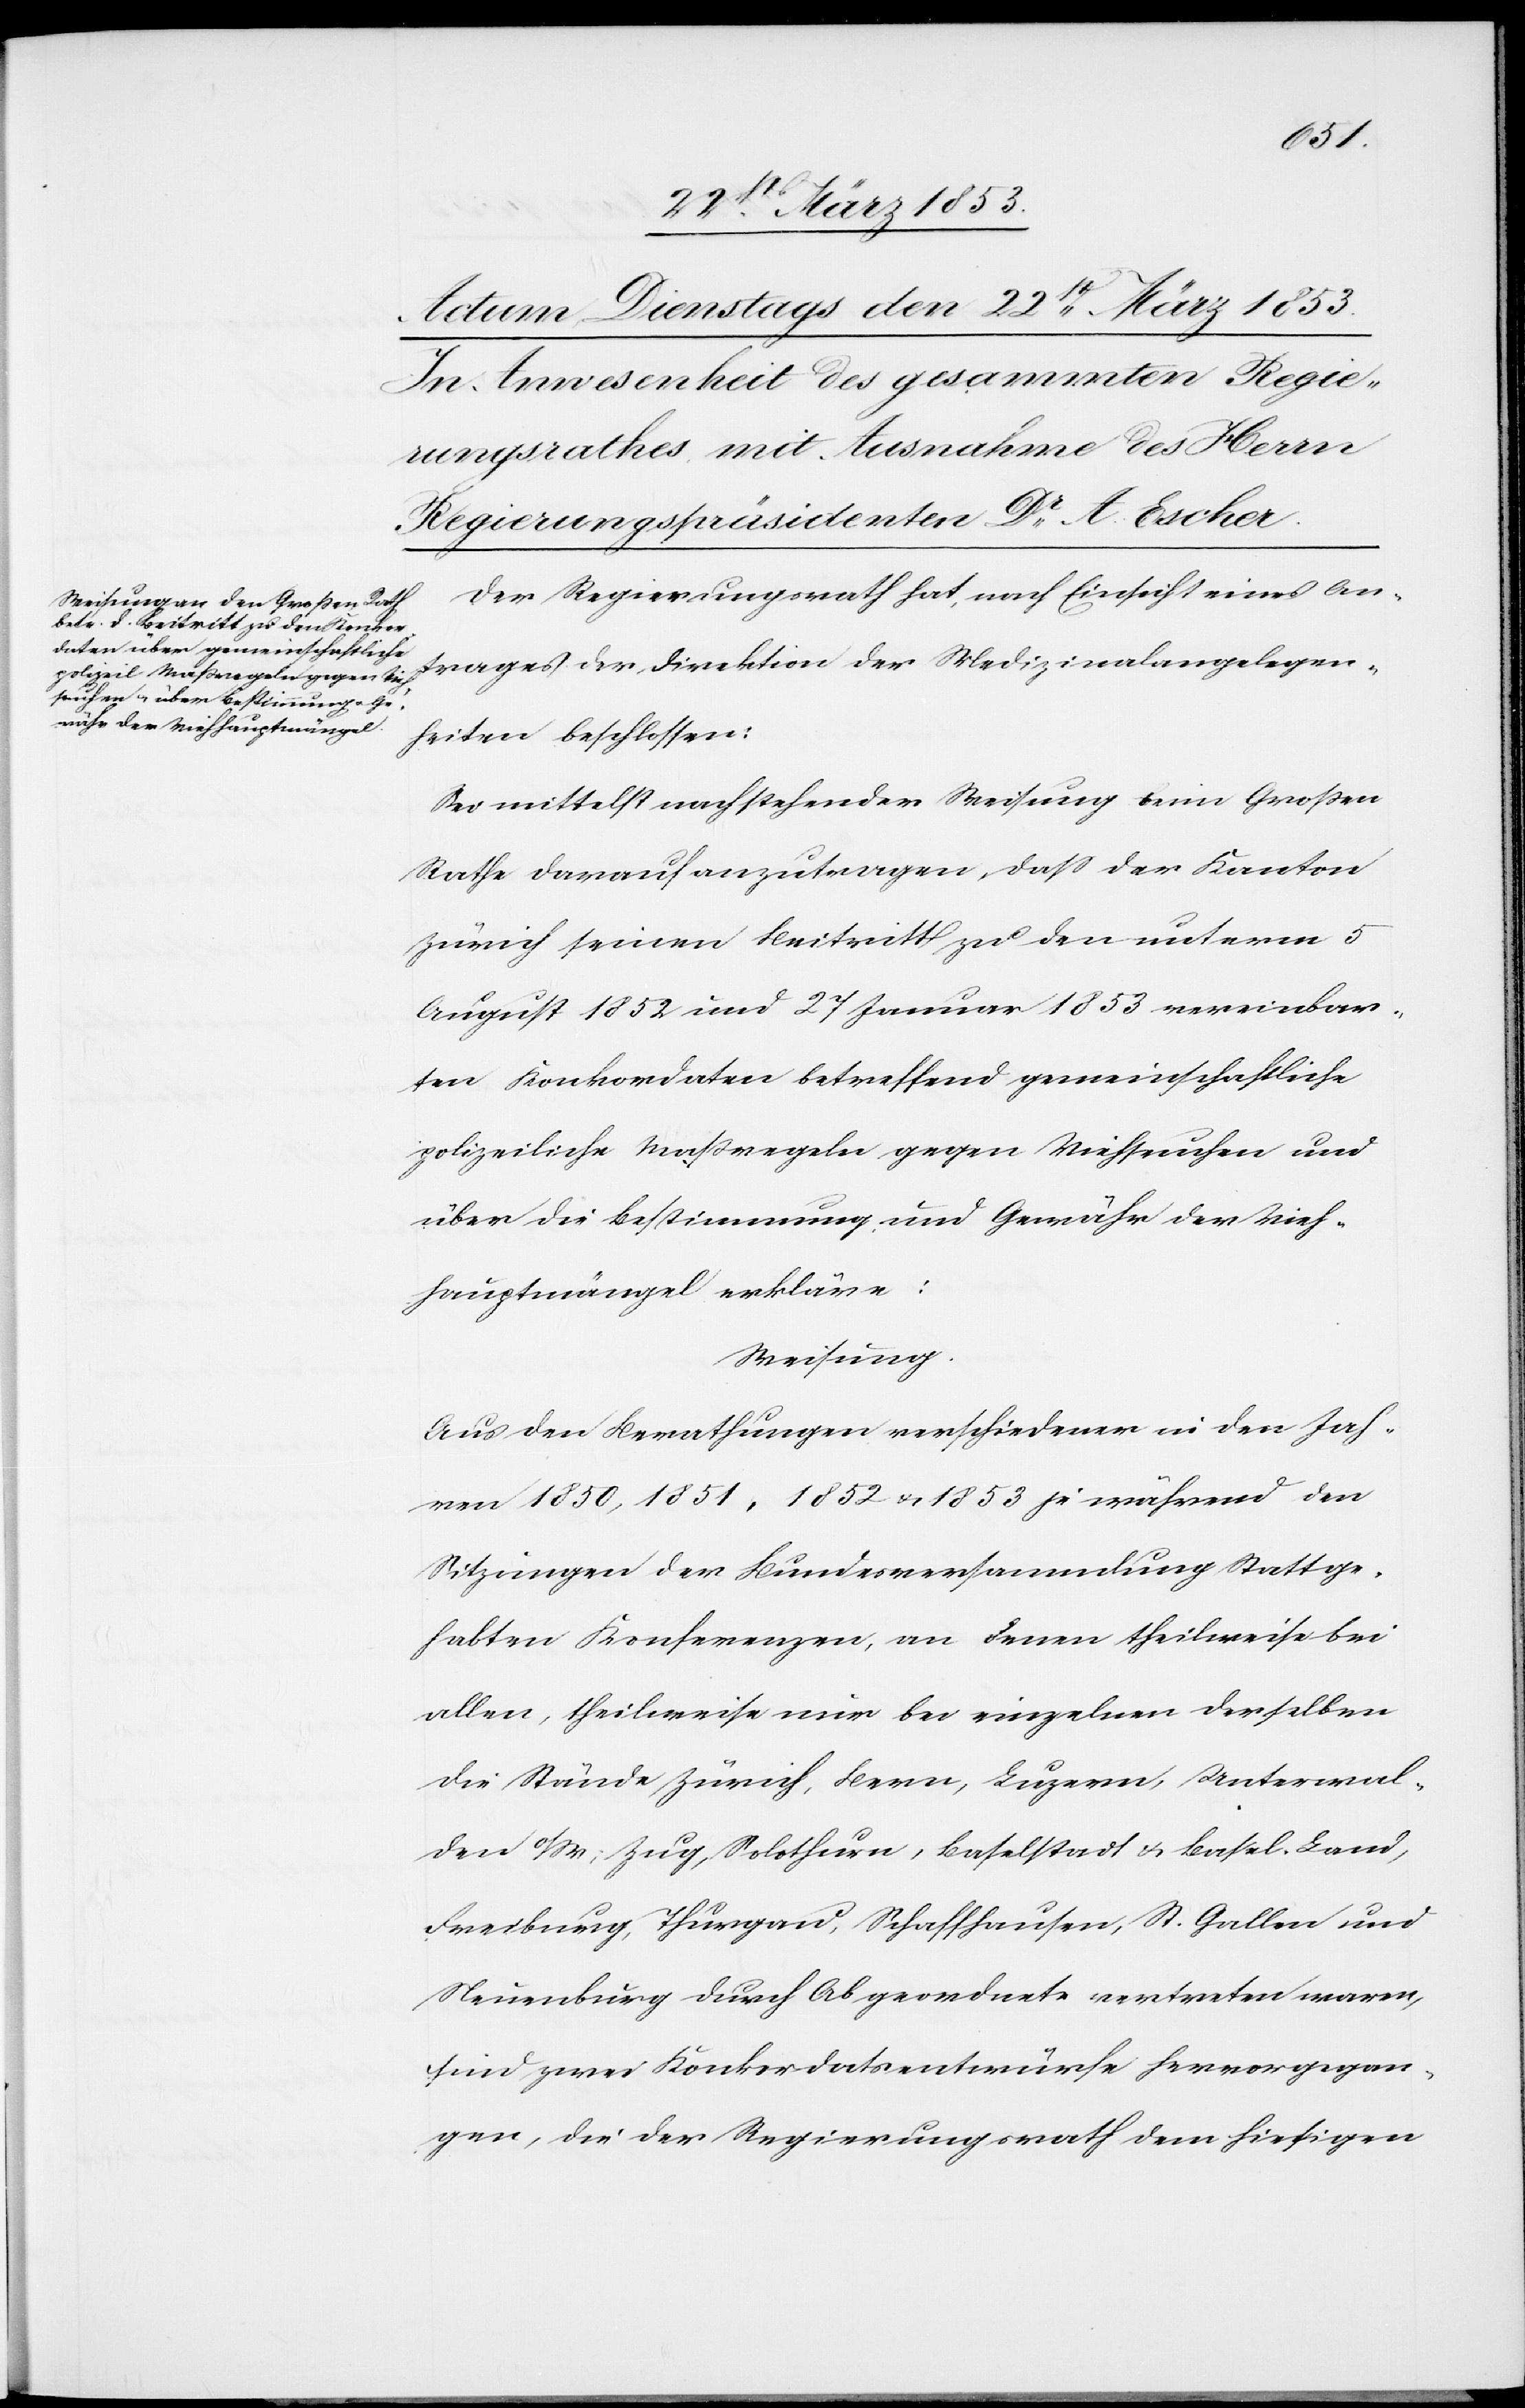
Der Regierungsrath hat, nach Einsicht eines An¬
trages der Direktion der Medizinalangelegen¬
heiten beschlossen:
Sei mittelst nachstehender Weisung beim Großen
Rathe darauf anzutragen, daß der Kanton
Zürich seinen Beitritt zu den unterm 5
August 1832 und 27 Januar 1853 vereinbar¬
ten Konkordaten betreffend gemeinschaftliche
polizeiliche Maßregeln gegen Viehseuchen und
über die Bestimmung und Gewähr der Vieh¬
hauptmängel erkläre:
Weisung.
Aus den Berathungen verschiedener in den Jah¬
ren 1850, 1851, 1852 u. 1853 je während den
Sitzungen der Bundesversammlung Stattge¬
habten Konferenzen, an denen theilweise bei
allen, theilweise nur bei einzelnen derselben
die Stände Zürich, Bern, Luzern, Unterwal¬
den a/W; Zug, Solothurn, Schaffhausen, St. Gallen und
Neuenburg durch Abgeordnete vertreten waren,
sind zwei Konkordatsentwürfe hervorgegan¬
gen, die der Regierungsrath dem hiesigen